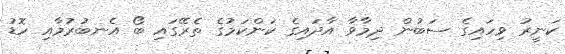
ކަނީރު ވިހައިގެ ސަބުން ދިމާވާ އާދައިގެ ކަންކަމުގެ ތެރޭގައި ބޯ އެނބުރުމާއި ހޮޑު